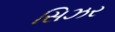
સિઝર